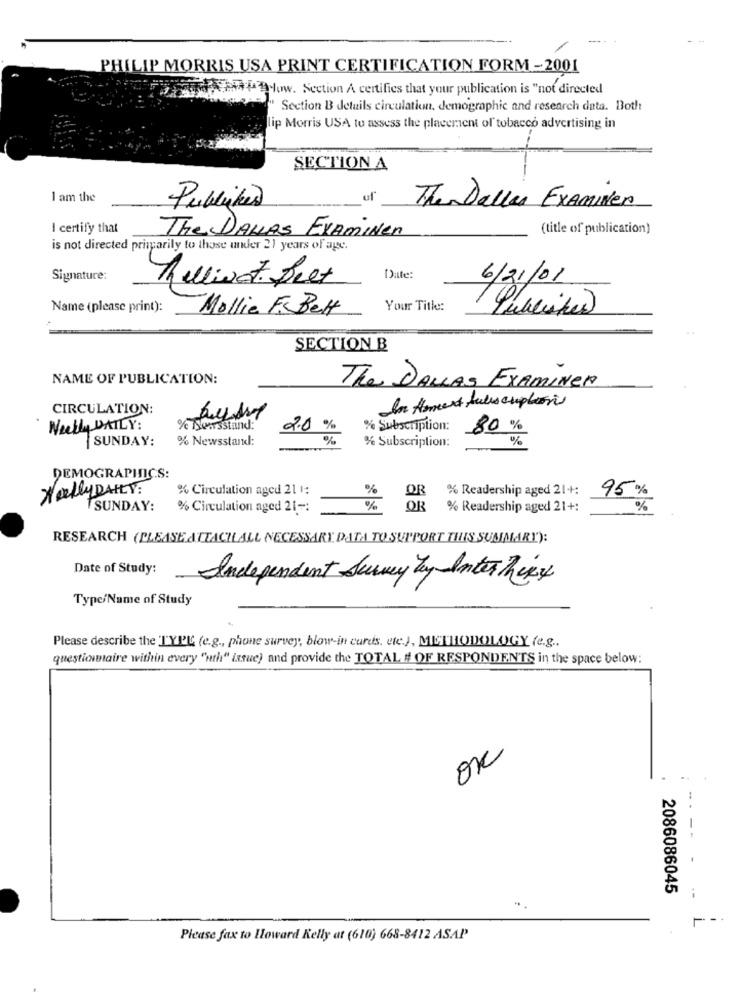
PHILIP MORRIS USA PRINT CERTIFICATION FORM -2001
THATlow. Section A certifies that your publication is "not directed
" Section B details circulation. demographic and research data. Both
lip Morris USA to assess the placement of tobacco advertising in
SECTION A
I am the
Publikes
Then Dallas Examiner
I certify that
(title of publication)
The DALLAS EXAMiner
is not directed primarily to those under 21 years of age.
Signature:
hellivet feet
Date:
6/21/01
Name (please print):
Mollie F. Bett
Your Title ::
SECTION B
NAME OF PUBLICATION:
The DALLAS EXAMINER
CIRCULATION:
In Amext Jules cupton
Weekly DAILY:
% Newsstand:
2.0%
%
% Subscription:
80%
SUNDAY:
% Newsstand:
% Subscription:
DEMOGRAPHICS:
Wally DAILY:
% Circulation aged 21 1:
%
% Readership aged 21+:
95%
SUNDAY:
% Circulation aged 21 -;
%
OB
% Readership aged 21+:
%
RESEARCH (PLEASE ATTACHLALL NECESSARY. DATA TO SUPPORT THIS SUMMARY):
Date of Study:
Independent Survey tay Inter Tips
Type/Name of Study
Please describe the TYPE (e.g ., phone survey, blow-in cards, etc.), METHODOLOGY (e.g ..
questionnaire within every "nth" issue) and provide the TOTAL # OF RESPONDENTS in the space below:
OK
2086086045
--
Please fax to Howard Kelly at (610) 668-8412 ASAP